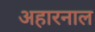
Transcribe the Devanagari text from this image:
अहारनाल